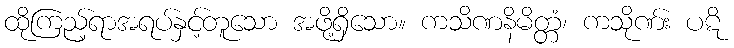
ထိုကြည့်ရာအရပ်နှင့်တူသော အဖို့ရှိသော။ ကသိဏနိမိတ္တံ၊ ကသိုဏ်း ပဋိ